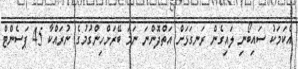
އެކަމަކު ސައިބޯނި ލައިގެން ރަނގަޅަށް އަތްދޮންނަ ނަމަ ބޭރަށްހިންގުމުގެ ނުރައްކާ 45 ޕަސެންޓް